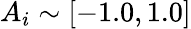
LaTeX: A_{i}\sim[-1.0,1.0]